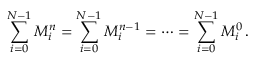
\sum _ { i = 0 } ^ { N - 1 } M _ { i } ^ { n } = \sum _ { i = 0 } ^ { N - 1 } M _ { i } ^ { n - 1 } = \cdots = \sum _ { i = 0 } ^ { N - 1 } M _ { i } ^ { 0 } \, .